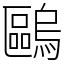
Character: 𠥹